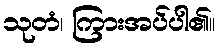
သုတံ၊ ကြားအပ်ပါ၏။